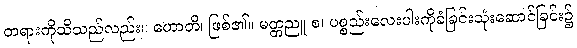
တရားကိုသိသည်လည်း။ ဟောတိ၊ ဖြစ်၏။ မတ္တညူ စ၊ ပစ္စည်းလေးပါးကိုခံခြင်းသုံးဆောင်ခြင်း၌